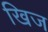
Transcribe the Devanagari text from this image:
खिज